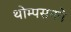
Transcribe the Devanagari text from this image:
थोम्पसनने